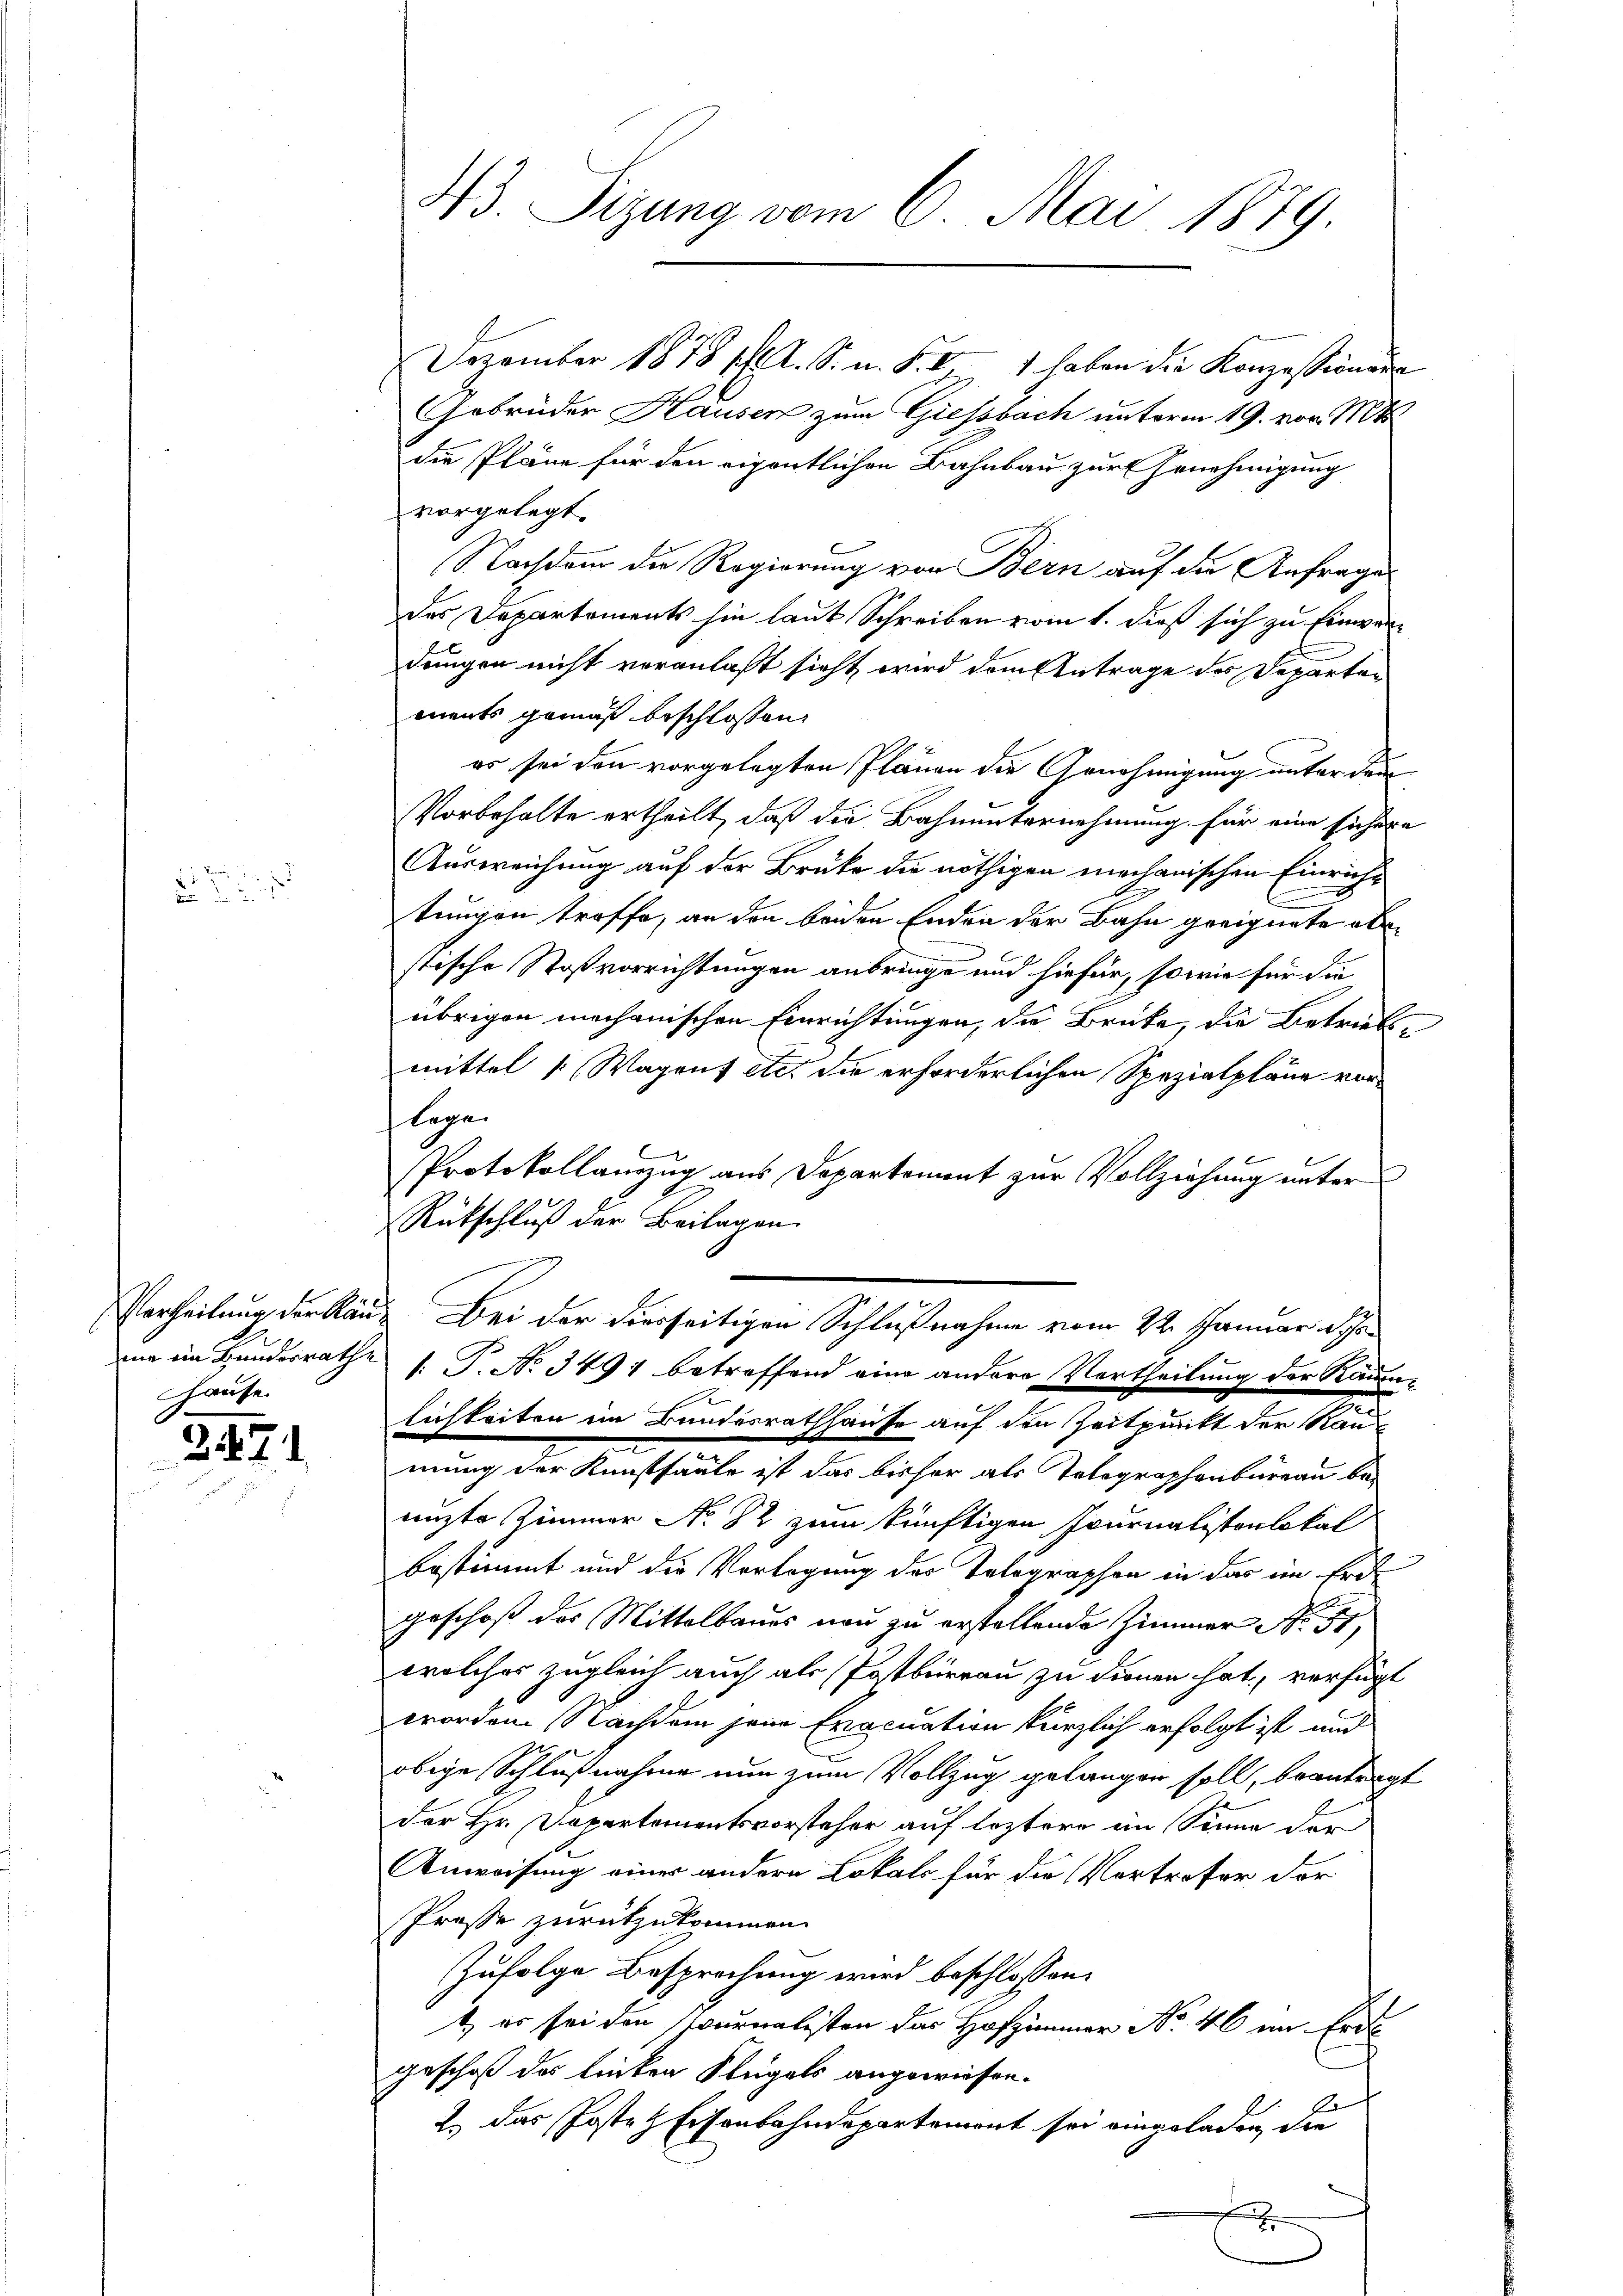
Hause

3474

43. Sizung vom 6. Mai 1879.

Dezember 1875 pl. S. n. F. V 1 haben die Konzessionenr
Gebrüder Hausen zum Giessbach unterm 19. vom 10t
die Pläne für den eigentlichen Bahnbau zur Genehmigung
vorgelegt.
Nachdem die Regierung von Bern auf die Anfrage
des Departements hin laut Schreiben vom 1. Dieß sich zu Einverdungen nicht veranlaßt sicht wird dem Antrage des Separten
ments gemäß beschlossen:
er sei den vorgelegten Plänen die Genehmigung unter dem
Vorbehalte ertheilt, daß die Bahnunternehmung für eine sichere
Ausweichung auf der Brüke die nöthigen mechanischen Einrichtungen troffe, an den beiden Enden der Bahn geeignete aber
stische Stoßvorrichtungen anbringe und hiefür, sowie für die
übrigen mechanischen Einrichtungen, die Brüke, die Betriebmittel ( Wagent etc. die erforderlichen Spezialpläne vorlege
Protokollanzug aus Departement zur Vollziehung unter
Rückschluß der Beilagen
Vertheilung der Käu- Bei der hierseitigen Schlußnahme vom 22. Januar Schr
ma im Bundesrathe  P. No. 3497 betreffend eine andere Vertheilung der Raum-
lichkeiten im Bundesrathhause auf den Zeitpunkt der Raue
mung der Kunstfaule ist das bisher als Telegraphenbureau be-
nuzte Zimmer No. 82 zum künftigen Journalistorbokal
bestimmt und die Vorlegung des Telegraphen in der im Erd
geschoß des Mittelbaues neu zu erstellende Zimmer No. 51
welches zugleich auch als Postbureau zu dienen hat, verfügt
worden Nachdem jene Evacuation kürzlich erfolgt ist und
obige Schlußnahme nun zum Vollzug gelangen soll, beantragt
der Hr. Dapartementsvorsteher auf leztere im Sinne der
Anweisung eines andern Lokals für die Vortreter der
sProsse zurükzukommen.
Zufolge Besprechung wird beschlossen:
t, er sei den Journalisten das Hofzimmer No. 46 im Erde
geschoß das linken Flügels angewiesen.
2.) Das Posten Eisenbahndepartement sei eingeladen, die
x